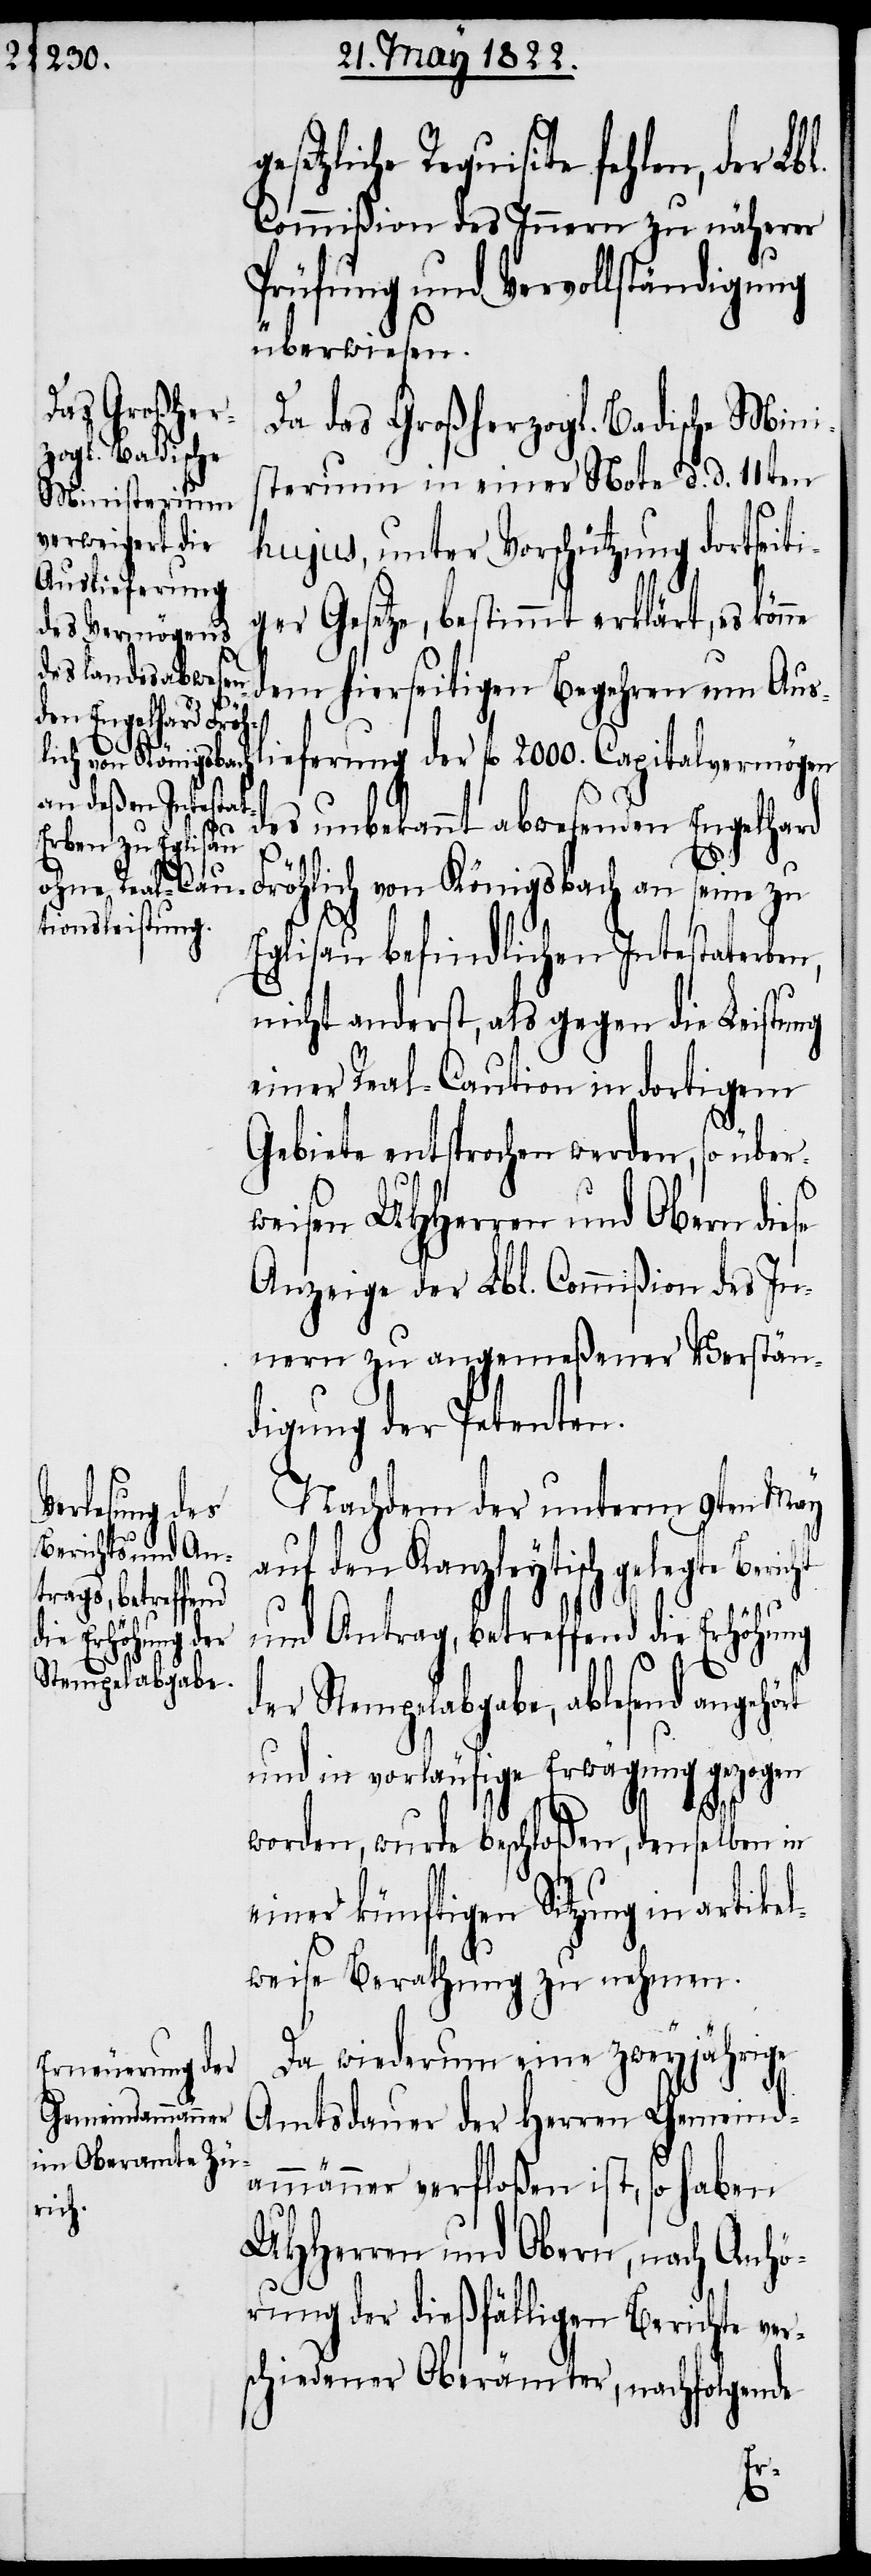
setzliche Requisite fehlen, der Lb¬
Commißion des Innern zu näherer
Prüfung und Vervollständigung
überwiesen.
Da das Großherzogl. Badische Mini¬
terium in einer Note d. d. 11ten
hujus, unter Vorschützung dortseiti¬
ger Gesetze, bestimmt erklärt, es
l.
dem hierseitigen Begehren um Ausl¬
ieferung der fl. 2000. Capitalvermögen
des unbekannt abwesenden Engelhard
Fröhlich von Königsbach an seine zu
Eglisau befindlichen Intestaterben,
nicht anderst, als gegen die Leistung
einer Real-Caution in dortigem
Gebiete entsprochen werden, so über¬
weisen UHHerren und Obern die¬
Anzeige der Lbl. Commißion der In¬
nern zu angemeßener Verstän¬
digung der Petenten.
Nachdem der unterm 8ten May
auf den Kanzleytisch gelegte Bericht
se
und Antrag, betreffend die Erhöhung
der Stempelabgabe, ablesend angeh¬
und in vorläufige Erwägung gezogen
worden, wurde beschloßen, denselben in
einer künftigen Sitzung in artike¬
lweise Berathung zu nehmen.
Da wiederum eine zweyjährige
Amtsdauer der Herren Gemeind¬
ammänner verfloßen ist, so haben
UHHerren und Obern, nach Anhö¬
rung der dießfälligen Berichte ver¬
schiedener Oberämter, nachfolgende
ört